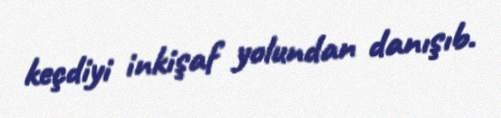
keçdiyi inkişaf yolundan danışıb.